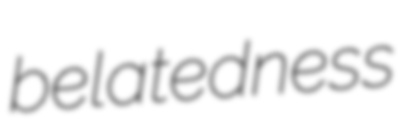
belatedness